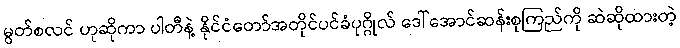
မွတ်စလင် ဟုဆိုကာ ပါတီနဲ့ နိုင်ငံတော်အတိုင်ပင်ခံပုဂ္ဂိုလ် ဒေါ်အောင်ဆန်းစုကြည်ကို ဆဲဆိုထားတဲ့